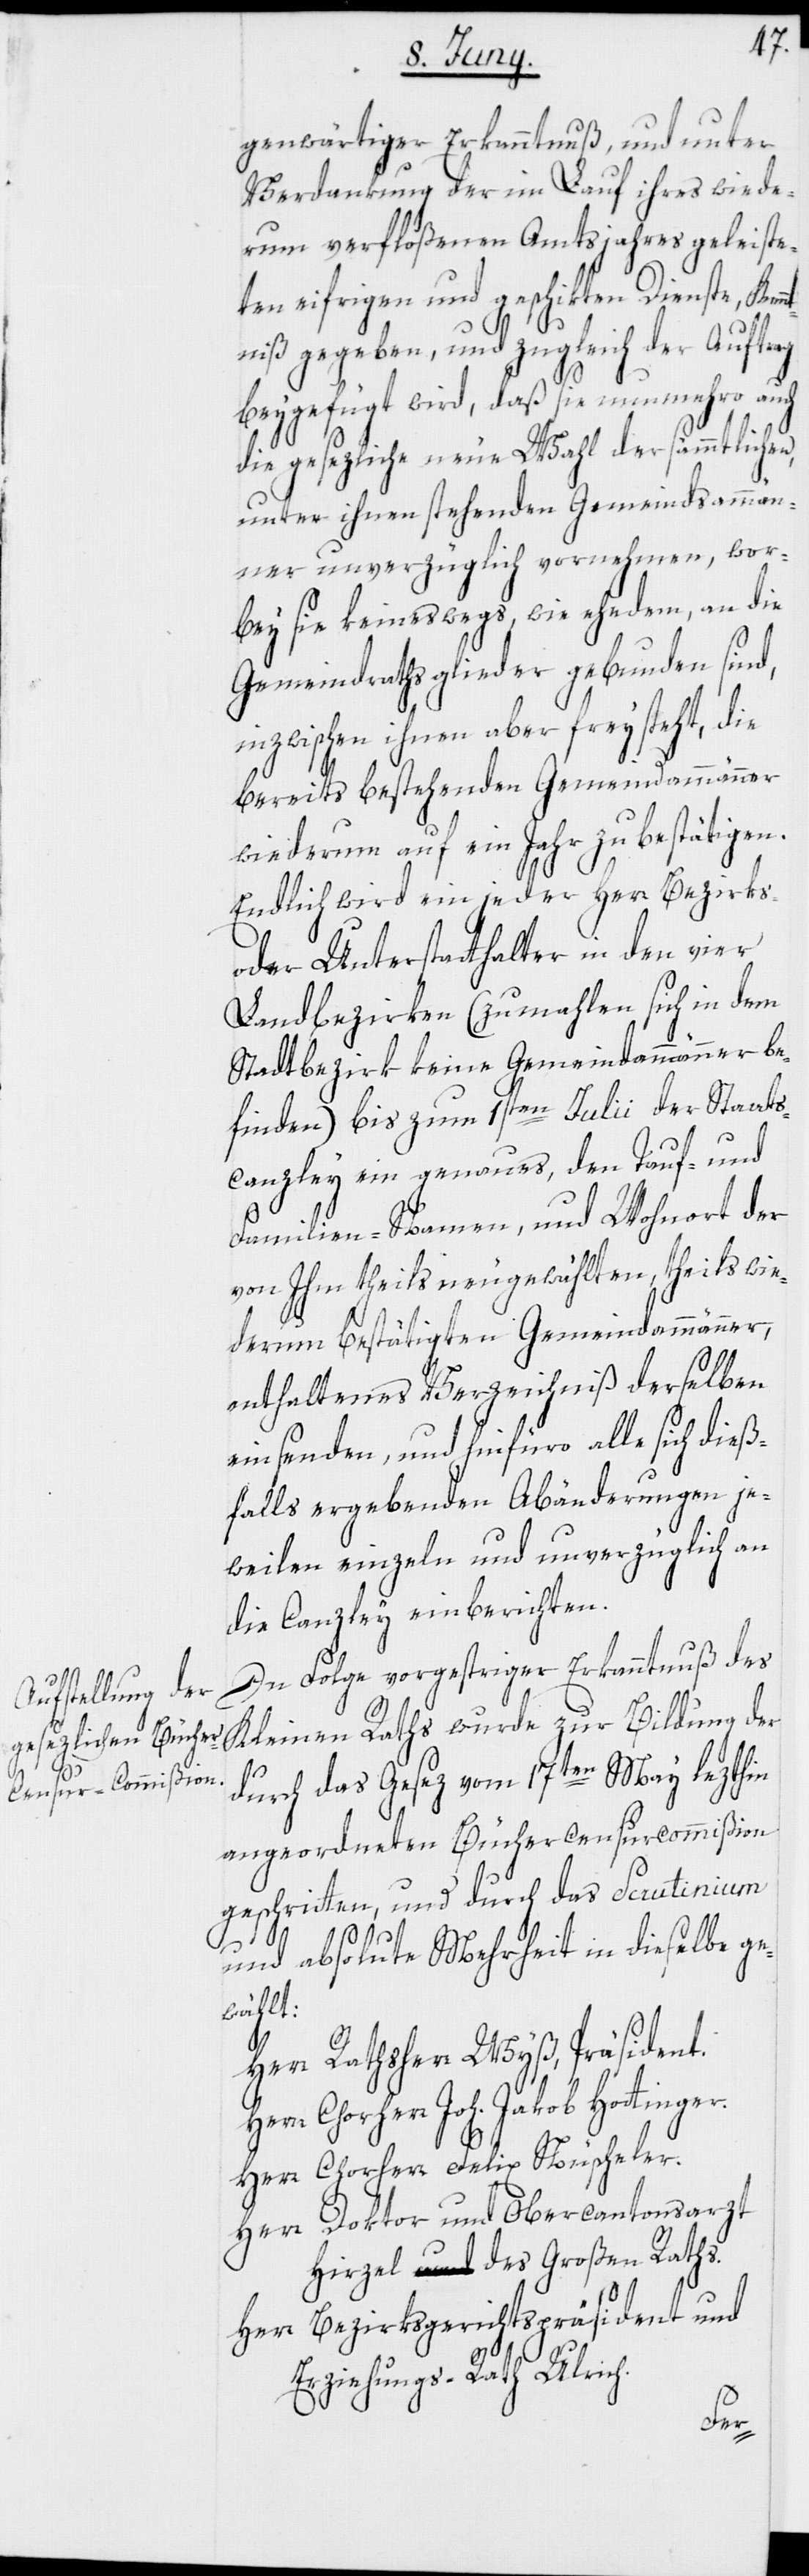
genwärtiger Erkanntnuß, und unter
Verdankung der im Lauf ihres wiede¬
rum verfloßenen Amtsjahres geleiste¬
ten eifrigen und geschikten Dienste, Kenn¬
tniß gegeben, und zugleich der Auftrag
beygefügt wird, daß sie nunmehro auch
die gesezliche neue Wahl der sämmtlichen,
unter ihnen stehenden Gemeindsammän¬
ner unverzüglich vornehmen, wor¬
bey sie keineswegs, wie ehedem, an die
Gemeindrathsglieder gebunden sind,
inzwischen ihnen aber freysteht, die
bereits bestehenden Gemeindammänner
wiederum auf ein Jahr zu bestätigen.
Endlich wird ein jeder Herr Bezirks-
oder Unterstatthalter in den vier
Landbezirken (zumahlen sich in dem
Stadtbezirk keine Gemeindammänner be¬
finden) bis zum 1sten Julii der Staats¬
canzley ein genaues, den Tauf- und
Familien-Namen, und Wohnort der
von Ihm theils neugewählten, theils wie¬
derum bestätigten Gemeindammänner,
enthaltenes Verzeichniß derselben
einsenden, und hinfüro alle sich dieß¬
falls ergebenden Abänderungen je¬
weilen einzeln und unverzüglich an
die Canzley einberichten.
In Folge vorgestriger Erkanntnuß des
Kleinen Raths wurde zur Bildung der
durch das Gesez vom 17ten May lezthin
angeordneten Büchercensurcommißion
geschritten, und durch das Scrutinium
und absolute Mehrheit in dieselbe ge¬
wählt:
Herr Rathsherr Wyß, Präsident.
Chorherr Joh. Jakob Hottinger.
Herr Chorherr Felix Nüscheler.
Herr Doktor und Obercantonsarzt
Hirzel des Großen Raths.
Herr Bezirksgerichtspräsident und
Erziehungs-Rath Ulrich.